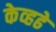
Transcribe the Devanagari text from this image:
केव्हढे